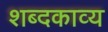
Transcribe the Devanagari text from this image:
शब्दकाव्य